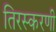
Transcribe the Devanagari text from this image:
तिरस्करणी